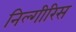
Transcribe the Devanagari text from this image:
निल्गीरिस